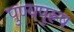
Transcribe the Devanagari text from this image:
पुण्यपुरूष